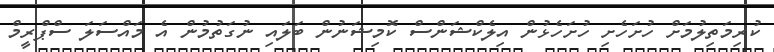
ކުރިމަތިލުމަށް ހުށަހެށި ހުށަހެޅުން އިލެކްޝަންސް ކޮމިޝަނުން ބަލައި ނުގަތުމުން އެ މައްސަލަ ސްޕްރީމް